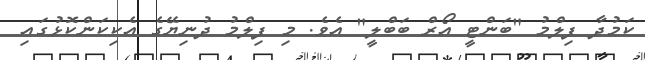
ކަމުދާ ފިލްމު "ބަންޓީ އޯރް ބަބްލީ" އެވެ. މި ފިލްމު ދުނިޔޭގެ އެކިކަންކޮޅުގައި